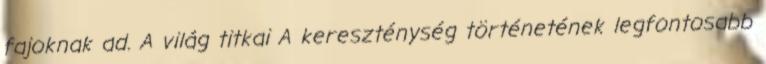
fajoknak ad. A világ titkai A kereszténység történetének legfontosabb